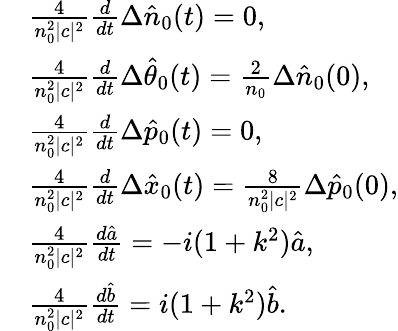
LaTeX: \begin{array}{rl}&{\frac{4}{n_{0}^{2}|c|^{2}}\frac{d}{dt}\Delta\hat{n}_{0}(t)=0,}\\ &{\frac{4}{n_{0}^{2}|c|^{2}}\frac{d}{dt}\Delta\hat{\theta}_{0}(t)=\frac{2}{n_{0}}\Delta\hat{n}_{0}(0),}\\ &{\frac{4}{n_{0}^{2}|c|^{2}}\frac{d}{dt}\Delta\hat{p}_{0}(t)=0,}\\ &{\frac{4}{n_{0}^{2}|c|^{2}}\frac{d}{dt}\Delta\hat{x}_{0}(t)=\frac{8}{n_{0}^{2}|c|^{2}}\Delta\hat{p}_{0}(0),}\\ &{\frac{4}{n_{0}^{2}|c|^{2}}\frac{d\hat{a}}{dt}=-i(1+k^{2})\hat{a},}\\ &{\frac{4}{n_{0}^{2}|c|^{2}}\frac{d\hat{b}}{dt}=i(1+k^{2})\hat{b}.}\end{array}